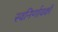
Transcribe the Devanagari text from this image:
स्वनिर्णायकों